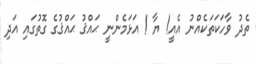
ތެދު ވާހަކަތަކެއްނު އެއީ! ޔާ ! އަޅަމެންނީ ޙައްޤު ޙައްޤުގެ ގޮތުގައި އަދި